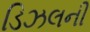
ડિઝલની